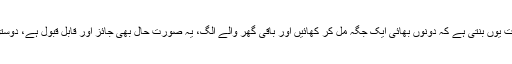
دوسری صورت میں مل کر اور الگ الگ کھانے کی ایک صورت یوں بنتی ہے کہ دونوں بھائی ایک جگہ مل کر کھائیں اور باقی گھر والے الگ، یہ صورت حال بھی جائز اور قابل قبول ہے، دوستوں کے گھروں میں کھانے کے لیے یہ صورت حال بہترین ہے۔